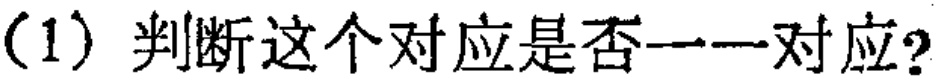
（1）判断这个对应是否一一对应？